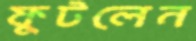
ফুটলেন